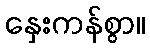
နှေးကန်စွာ။